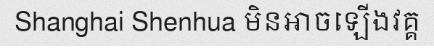
Shanghai Shenhua មិនអាចឡើងវគ្គ